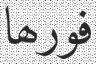
فورھا